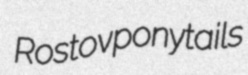
Rostov ponytails